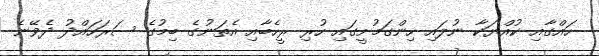
ހައްގާއި ކުއްޔަކާ ނުލައި ހިންގަމުށީގައި ހުރި ރީހެބާއި އެތަނުގެ ބިމުގެ ސަރަހައްދު ދެވޭނެ